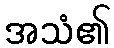
အသံ၏